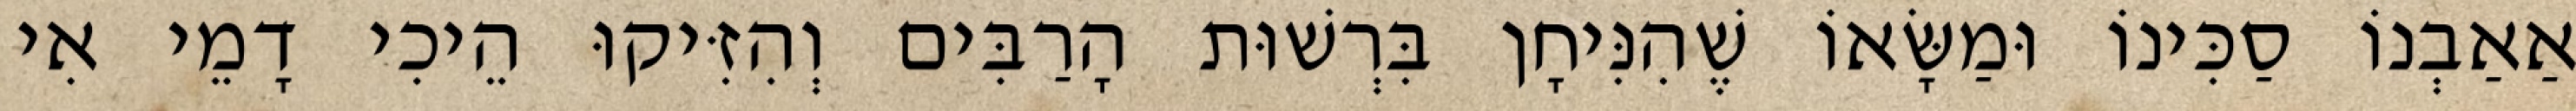
אַאַבְנוֹ סַכִּינוֹ וּמַשָּׂאוֹ שֶׁהִנִּיחָן בִּרְשׁוּת הָרַבִּים וְהִזִּיקוּ הֵיכִי דָמֵי אִי